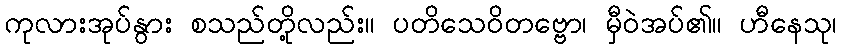
ကုလားအုပ်နွား စသည်တို့လည်း။ ပတိသေဝိတဗ္ဗော၊ မှီဝဲအပ်၏။ ဟီနေသု၊